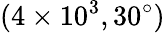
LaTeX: (4\times 10^{3},30^{\circ})